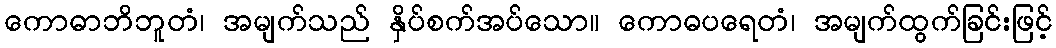
ကောဓာဘိဘူတံ၊ အမျက်သည် နှိပ်စက်အပ်သော။ ကောဓပရေတံ၊ အမျက်ထွက်ခြင်းဖြင့်